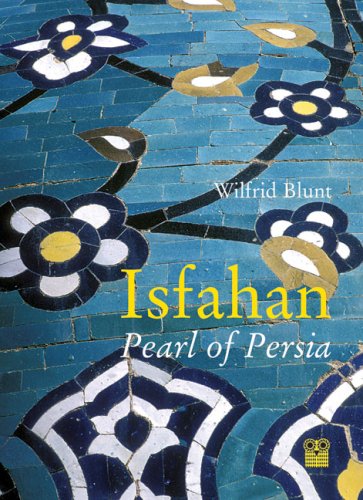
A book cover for Isfahan: Pearl of Persia; Wilfrid Blunt; Travel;